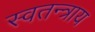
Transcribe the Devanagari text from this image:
स्वतन्त्राय